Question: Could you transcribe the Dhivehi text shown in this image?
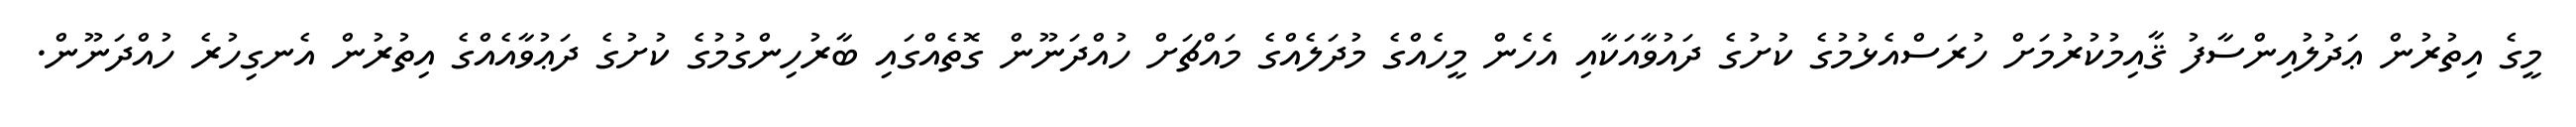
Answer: މީގެ އިތުރުން ޢަދުލުއިންސާފު ޤާއިމުކުރުމަށް ހުރަސްއެޅުމުގެ ކުށުގެ ދައުވާއަކާއި އެހެން މީހެއްގެ މުދަލެއްގެ މައްޗަށް ހުއްދަނޫން ގޮތެއްގައި ބާރުހިންގުމުގެ ކުށުގެ ދަޢުވާއެއްގެ އިތުރުން އެނގިހުރެ ހުއްދަނޫން.